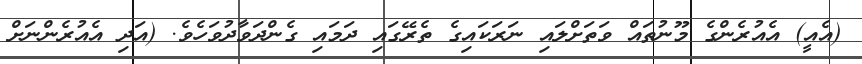
(އެއީ) އެއުރެންގެ މޫނުތައް ވަތަށްލައި ނަރަކައިގެ ތެރޭގައި ދަމައި ގެންދަވާދުވަހެވެ. (އަދި އެއުރެންނަށް